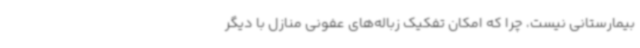
بیمارستانی نیست، چرا که امکان تفکیک زباله‌های عفونی منازل با دیگر